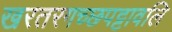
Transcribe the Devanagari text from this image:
खरतरगच्छपट्टावलि